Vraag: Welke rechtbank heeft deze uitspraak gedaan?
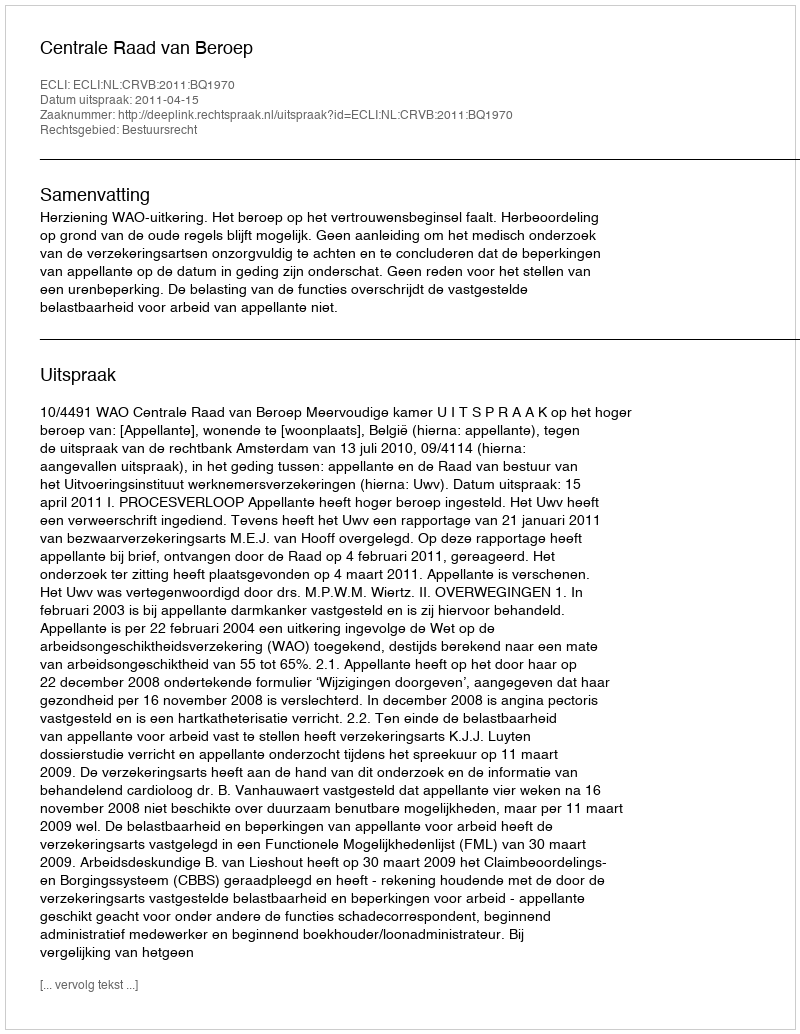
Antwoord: Centrale Raad van Beroep